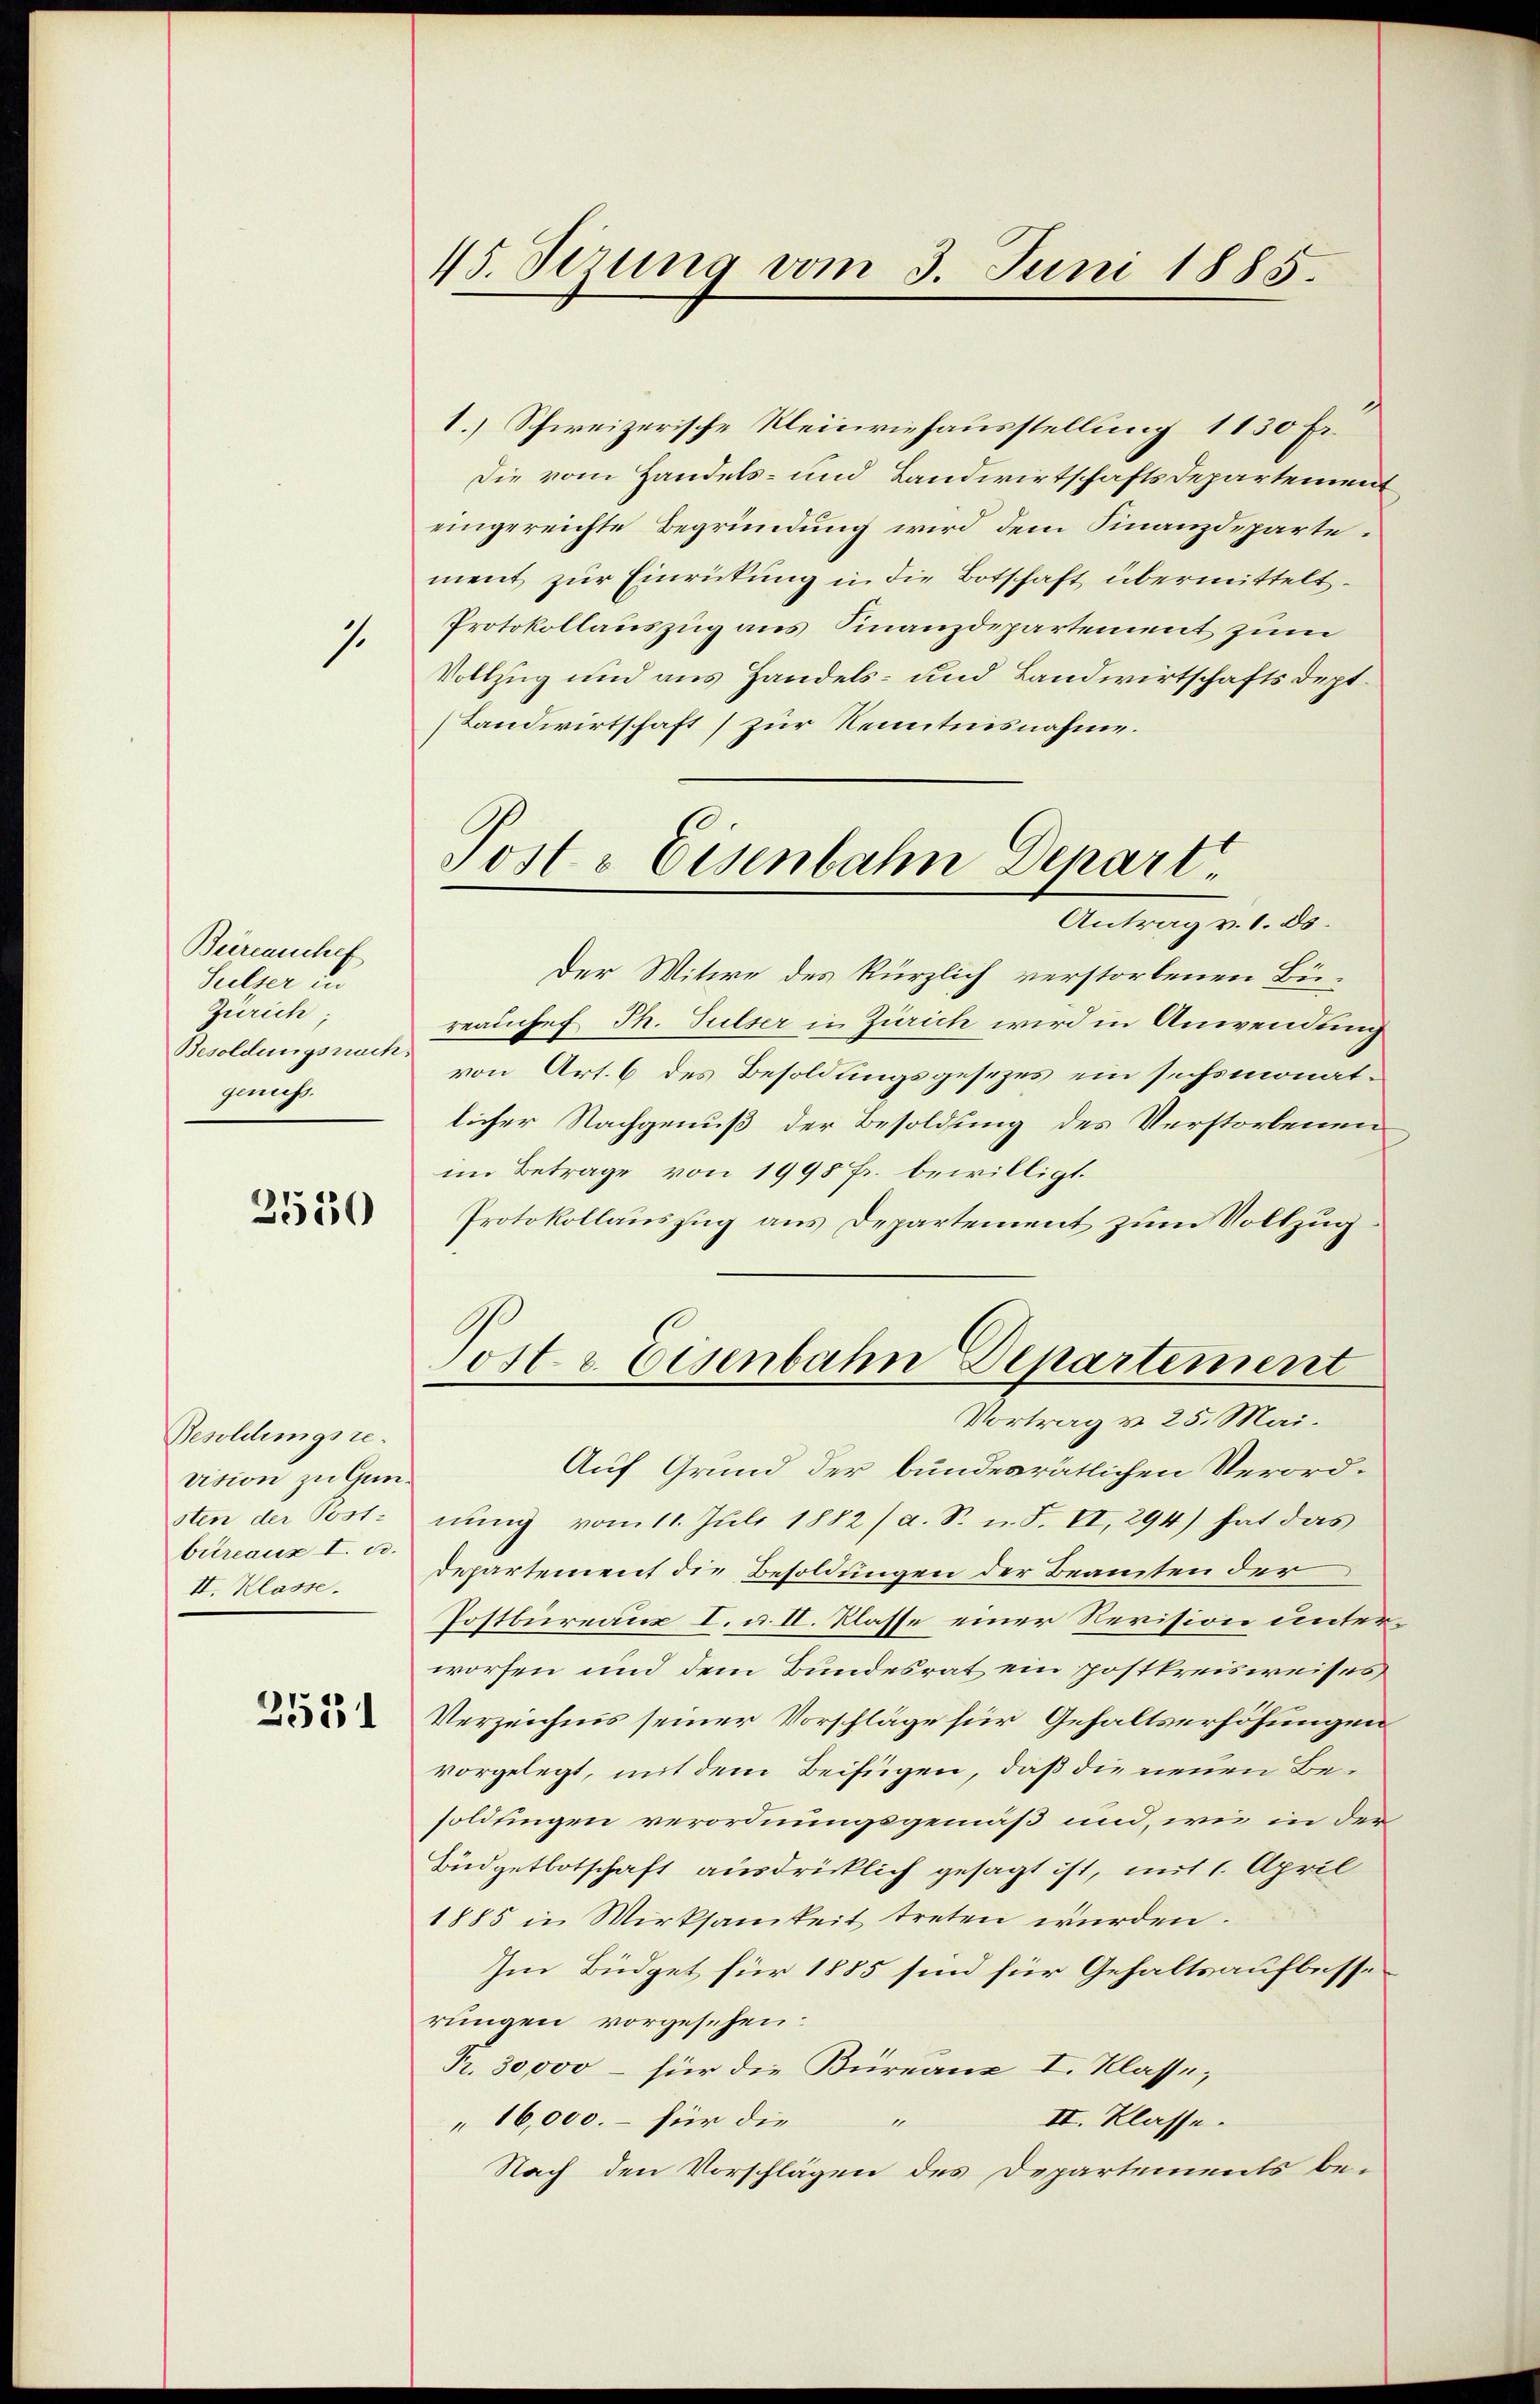
1.

Bureauchef
Sulzer in
Zürich;
Besoldungsrech
genuss.

2550

Besoldungsre
vision zu Gunsten der Postbureaux I. u.
II. Klasse.

2531

15. dirung vom 3. Juni 1885.

d
1.) Schweizerische Kleinviehausstellung 1130 Fr.
Die vom Handels- und Landwirtschaftsdepartement
eingereichte Begründung wird dem Finanzdepartement zur Einrickung in die Botschaft übermittelt.
Protokollauszug aus Finanzdepartement zum
Vollzug und aus Handels- und Landwirtschaftsdept¬
Landwirtschaft (zur Kenntnisnahme.
Der Witwe des kürzlich verstorbenen Büreauches Th. Sulser in Zürich wird in Anwendung
von Art. 6 des Besoldungsgesetzes ein sechsmonatlicher Nachgenuß der Besoldung des Verstorbenen
im Betrage von 1998 Fr. bewilligt.
Protokollauszug aus Departement zum Vollzug
Post & Eisenbahn Departement
Vortrag v. 25. Mai.
Auf Grund der bundesrätlichen Verordnŭng vom 11. Jŭli 1882 / a. S. u. F. II, 294) hat das
departement die Besoldungen der Beamten der
Postbureaux I. u. II. Klasse einer Revision unterworfen und dem Bundesrat ein postkreisweises
Verzeichnis seiner Vorschläge für Gehaltserhöhungen
vorgelegt, mit dem Beifügen, daß die neuen Besoldungen verordnungsgemäß und, wie in der
Büdgetbotschaft ausdrücklich gesagt ist, mit 1. April
1885 in Wirksamkeit treten würden.
Im Büdget für 1885 sind für Gehaltsaufbesse
rungen vorgesehen.
Pr. 30000 – für die Büreaux I. Klasse,
II. Klasse.
1
" 16,000. – für die
Nach den Vorschlägen des Departements be-

Post- Eisenbahn Depart.
Antrag v. 1. ds.